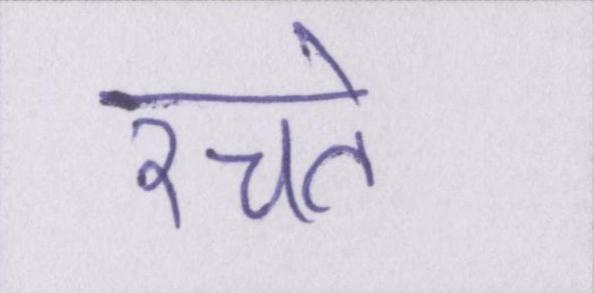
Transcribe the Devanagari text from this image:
रचते